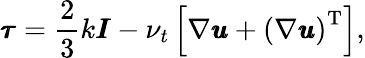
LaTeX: \pmb{\tau}=\frac{2}{3}k\pmb{I}-\nu_{t}\left[\nabla\pmb{u}+\left(\nabla\pmb{u}\right)^{\operatorname{T}}\right],